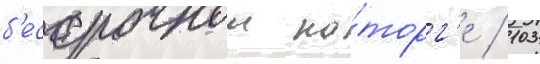
б'ессрочнои ка́торг'е / 103